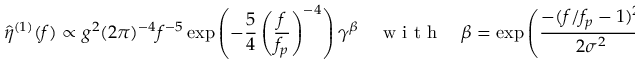
\hat { \eta } ^ { ( 1 ) } ( f ) \propto g ^ { 2 } ( 2 \pi ) ^ { - 4 } f ^ { - 5 } \exp \left( - \frac { 5 } { 4 } \left( \frac { f } { f _ { p } } \right) ^ { - 4 } \right) \gamma ^ { \beta } \quad \textrm { w i t h } \quad \beta = \exp \left( \frac { - ( f / f _ { p } - 1 ) ^ { 2 } } { 2 \sigma ^ { 2 } } \right) ,